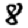
Digit: 8